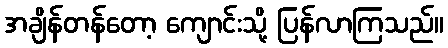
အချိန်တန်တော့ ကျောင်းသို့ ပြန်လာကြသည်။